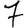
Digit: 7